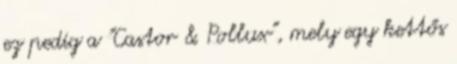
ez pedig a "Castor & Pollux", mely egy kettős